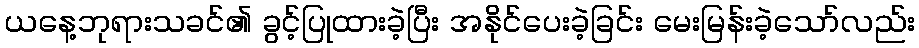
ယနေ့ဘုရားသခင်၏ ခွင့်ပြုထားခဲ့ပြီး အနိုင်ပေးခဲ့ခြင်း မေးမြန်းခဲ့သော်လည်း